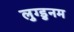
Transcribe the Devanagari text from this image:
लुग्डुनम